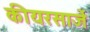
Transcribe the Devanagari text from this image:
कीयरसार्जे